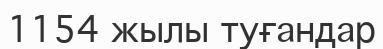
1154 жылы туғандар